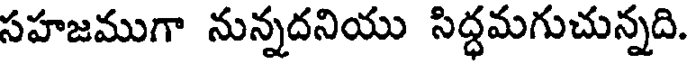
సహజముగా నున్నదనియు సిద్ధమగుచున్నది.